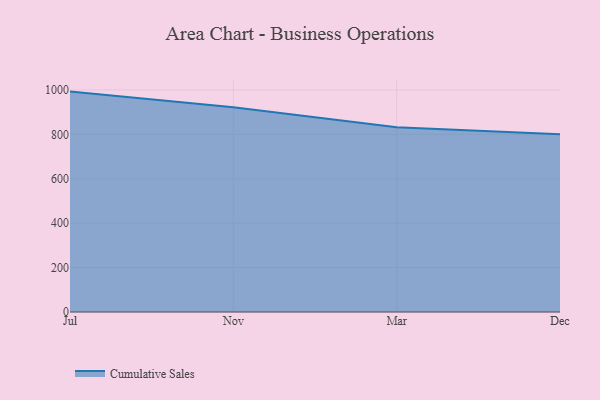
{"axis": {"x": "Month", "y": "Net Income (USD K)"}, "legend": ["Cumulative Sales"], "data": [{"x": "Jul", "y": 992.5, "type": "Cumulative Sales"}, {"x": "Nov", "y": 922.3, "type": "Cumulative Sales"}, {"x": "Mar", "y": 832.2, "type": "Cumulative Sales"}, {"x": "Dec", "y": 800, "type": "Cumulative Sales"}]}